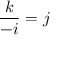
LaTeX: { \frac { k } { - i } } = j